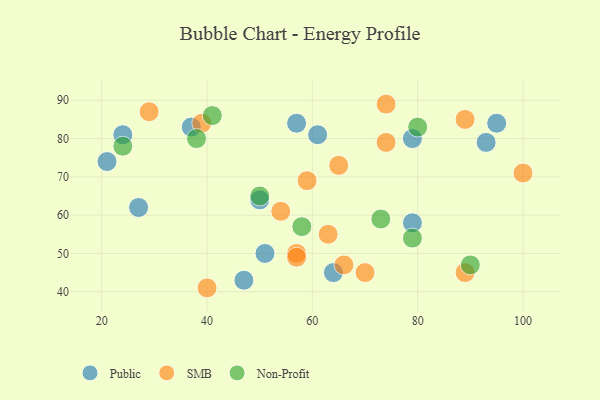
{"axis": {"x": "GDP", "y": "Life Expectancy"}, "legend": ["Non-Profit", "Public", "SMB"], "data": [{"x": "37", "y": 83, "type": "Public"}, {"x": "24", "y": 81, "type": "Public"}, {"x": "61", "y": 81, "type": "Public"}, {"x": "93", "y": 79, "type": "Public"}, {"x": "51", "y": 50, "type": "Public"}, {"x": "95", "y": 84, "type": "Public"}, {"x": "27", "y": 62, "type": "Public"}, {"x": "79", "y": 58, "type": "Public"}, {"x": "21", "y": 74, "type": "Public"}, {"x": "57", "y": 84, "type": "Public"}, {"x": "79", "y": 80, "type": "Public"}, {"x": "47", "y": 43, "type": "Public"}, {"x": "64", "y": 45, "type": "Public"}, {"x": "50", "y": 64, "type": "Public"}, {"x": "89", "y": 45, "type": "SMB"}, {"x": "57", "y": 50, "type": "SMB"}, {"x": "100", "y": 71, "type": "SMB"}, {"x": "66", "y": 47, "type": "SMB"}, {"x": "63", "y": 55, "type": "SMB"}, {"x": "39", "y": 84, "type": "SMB"}, {"x": "70", "y": 45, "type": "SMB"}, {"x": "57", "y": 49, "type": "SMB"}, {"x": "29", "y": 87, "type": "SMB"}, {"x": "59", "y": 69, "type": "SMB"}, {"x": "65", "y": 73, "type": "SMB"}, {"x": "54", "y": 61, "type": "SMB"}, {"x": "40", "y": 41, "type": "SMB"}, {"x": "74", "y": 89, "type": "SMB"}, {"x": "89", "y": 85, "type": "SMB"}, {"x": "74", "y": 79, "type": "SMB"}, {"x": "24", "y": 78, "type": "Non-Profit"}, {"x": "50", "y": 65, "type": "Non-Profit"}, {"x": "80", "y": 83, "type": "Non-Profit"}, {"x": "79", "y": 54, "type": "Non-Profit"}, {"x": "90", "y": 47, "type": "Non-Profit"}, {"x": "41", "y": 86, "type": "Non-Profit"}, {"x": "38", "y": 80, "type": "Non-Profit"}, {"x": "73", "y": 59, "type": "Non-Profit"}, {"x": "58", "y": 57, "type": "Non-Profit"}]}